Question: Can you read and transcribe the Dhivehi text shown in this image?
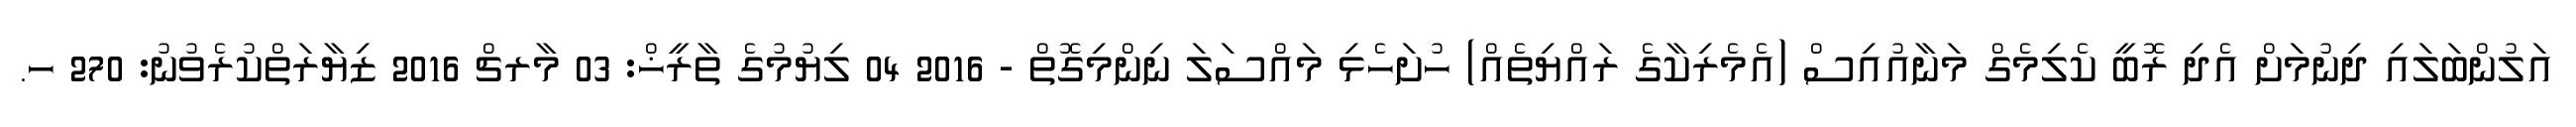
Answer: އަލުންބަލައި ދިނުމަށް އެދި ރޮބީ ކެލިމެގް މަނާއުއިސް (އެމެރިކާގެ ރައްޔިތެއް) ހުށަހެޅި މައްސަލަ ނިންމިގޮތް - 2016 04 ލިޔުމުގެ ތާރީޚް: 03 މާރޗް 2016 ޒިޔާރަތްކުރެވުނު: 270 ހ.